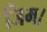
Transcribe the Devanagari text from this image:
जिम।